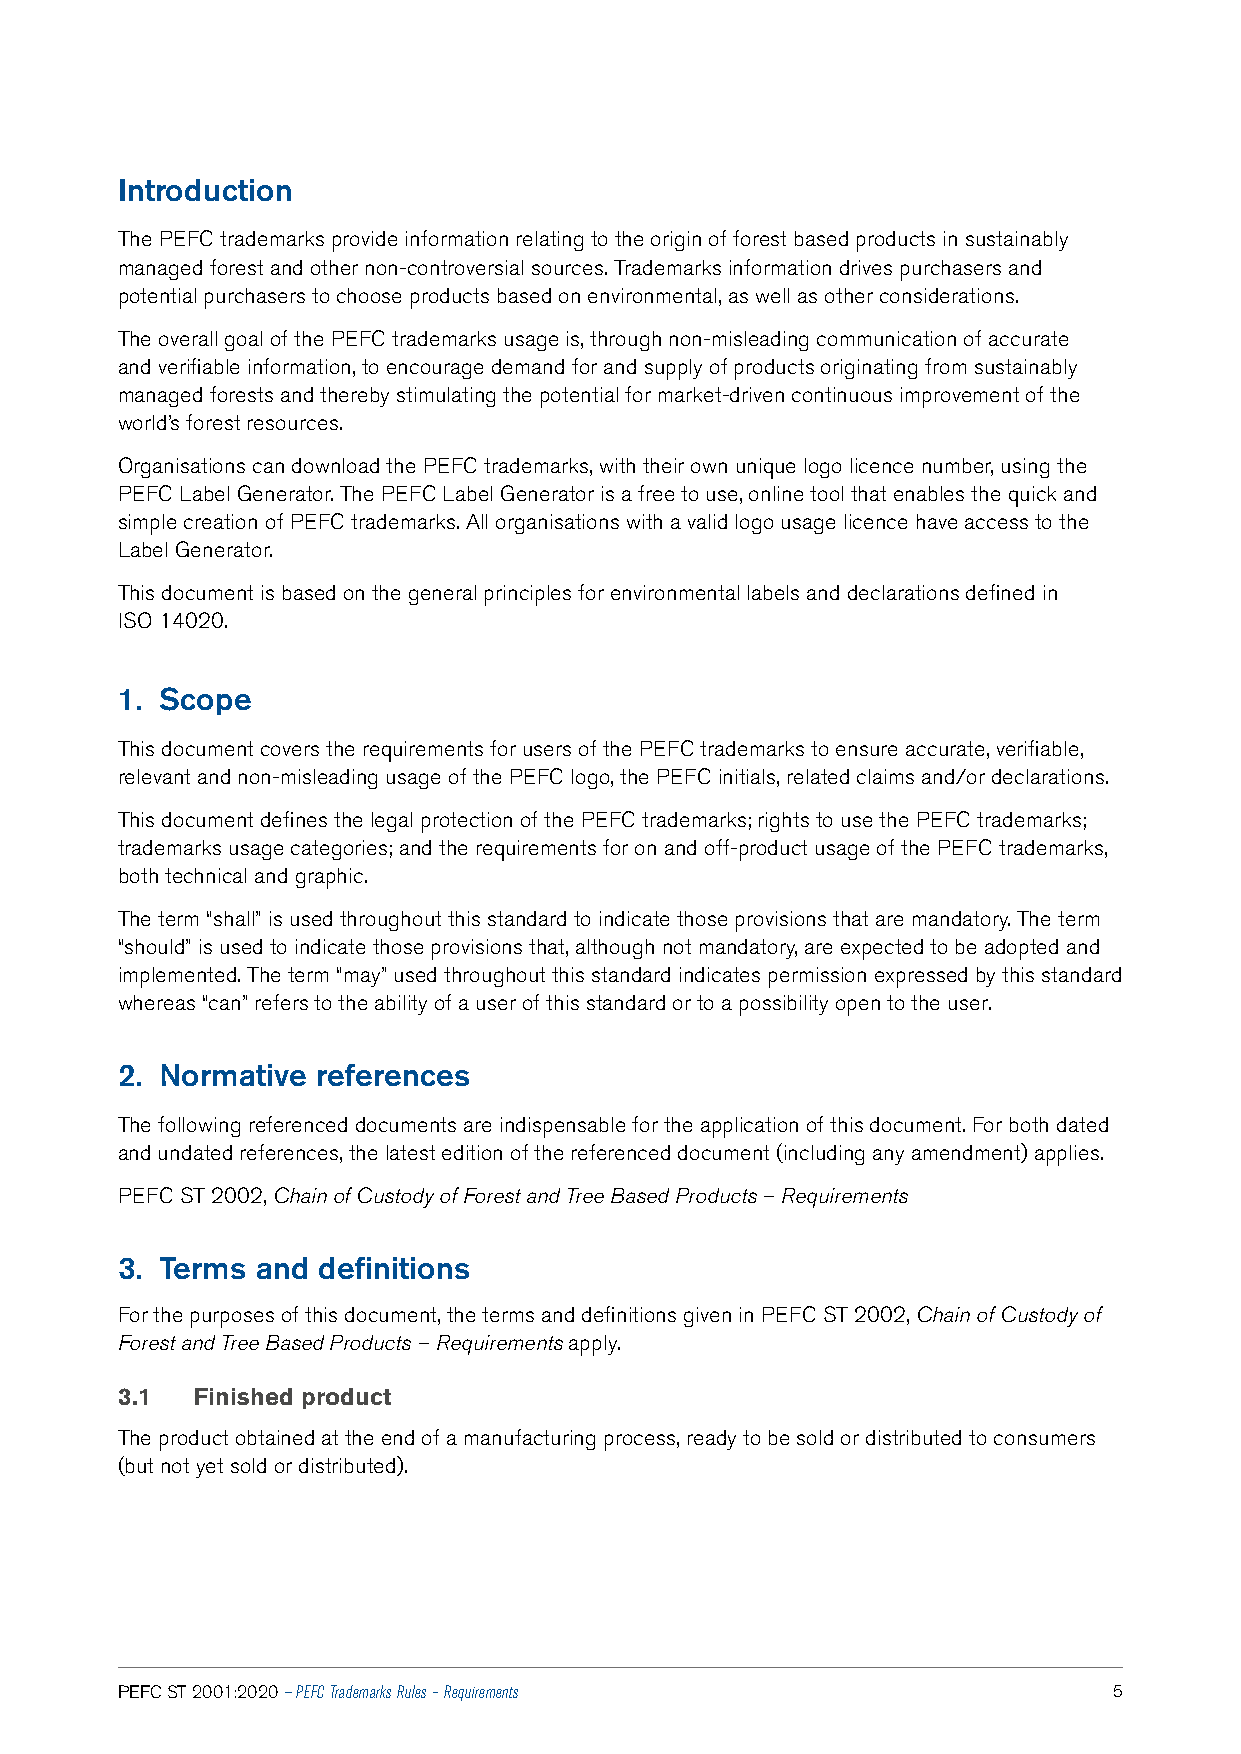
Introduction
 The PEFC trademarks provide information relating to the origin of forest based products in sustainably
 managed forest and other non-controversial sources. Trademarks information drives purchasers and
 potential purchasers to choose products based on environmental, as well as other considerations.
 The overall goal of the PEFC trademarks usage is, through non-misleading communication of accurate
 and verifiable information, to encourage demand for and supply of products originating from sustainably
 managed forests and thereby stimulating the potential for market-driven continuous improvement of the
 world’s forest resources.
 Organisations can download the PEFC trademarks, with their own unique logo licence number, using the
 PEFC Label Generator. The PEFC Label Generator is a free to use, online tool that enables the quick and
 simple creation of PEFC trademarks. All organisations with a valid logo usage licence have access to the
 Label Generator.
 This document is based on the general principles for environmental labels and declarations defined in
 ISO 14020.
 1. Scope
 This document covers the requirements for users of the PEFC trademarks to ensure accurate, verifiable,
 relevant and non-misleading usage of the PEFC logo, the PEFC initials, related claims and/or declarations.
 This document defines the legal protection of the PEFC trademarks; rights to use the PEFC trademarks;
 trademarks usage categories; and the requirements for on and off-product usage of the PEFC trademarks,
 both technical and graphic.
 The term “shall” is used throughout this standard to indicate those provisions that are mandatory. The term
 “should” is used to indicate those provisions that, although not mandatory, are expected to be adopted and
 implemented. The term “may” used throughout this standard indicates permission expressed by this standard
 whereas “can” refers to the ability of a user of this standard or to a possibility open to the user.
 2. Normative references
 The following referenced documents are indispensable for the application of this document. For both dated
 and undated references, the latest edition of the referenced document (including any amendment) applies.
 PEFC ST 2002, Chain of Custody of Forest and Tree Based Products – Requirements
 3. Terms and definitions
 For the purposes of this document, the terms and definitions given in PEFC ST 2002, Chain of Custody of
 Forest and Tree Based Products – Requirements apply.
 3.1  Finished product
 The product obtained at the end of a manufacturing process, ready to be sold or distributed to consumers
 (but not yet sold or distributed).
 PEFC ST 2001:2020 — PEFC Trademarks Rules – Requirements          5